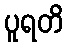
ပူရတိ